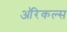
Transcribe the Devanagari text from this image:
ऑरेकल्स